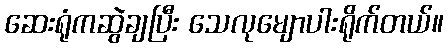
ဆေးရုံကဆွဲချပြီး သေလုမျောပါးရိုက်တယ်။